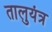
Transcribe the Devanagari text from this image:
तालुयंत्र